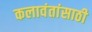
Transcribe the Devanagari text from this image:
कलावंतांसाठी